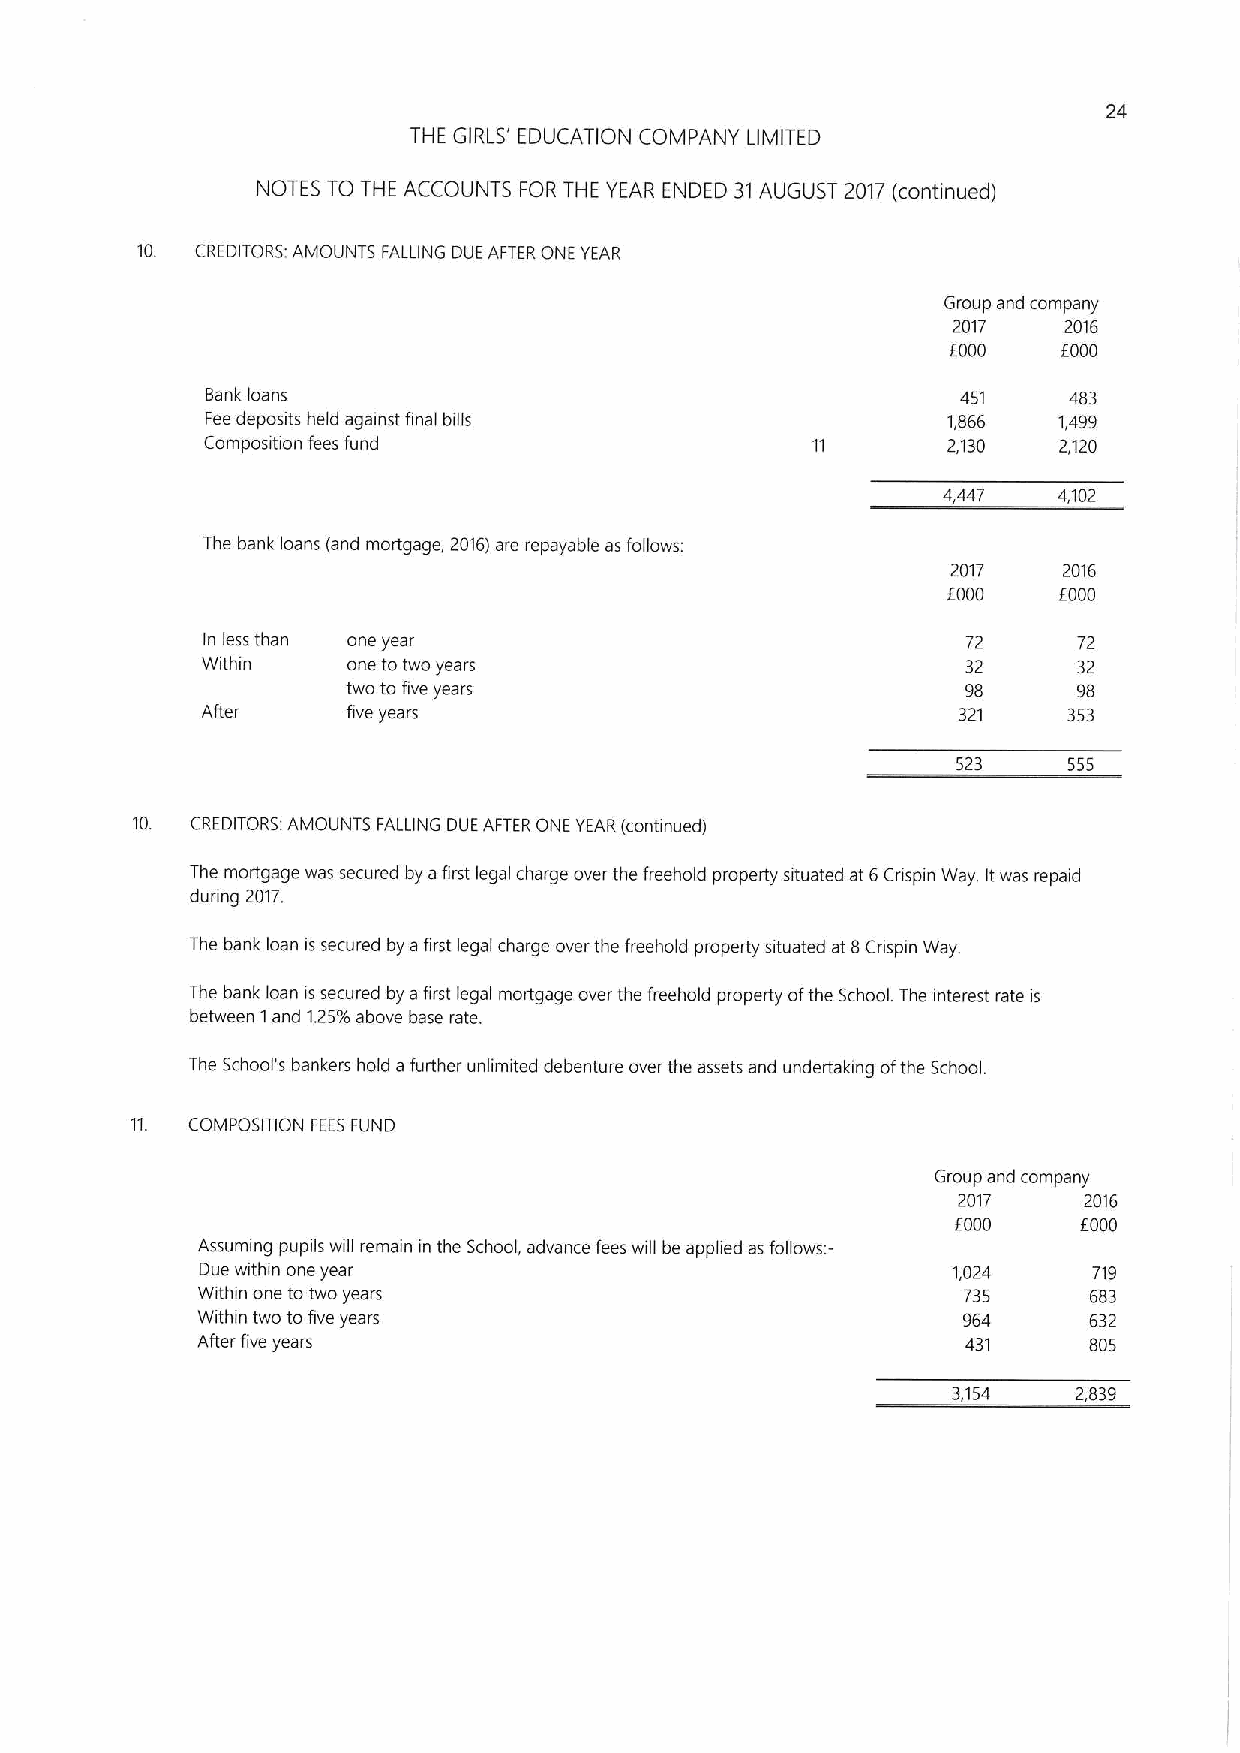
24
 THE GIRLS' EDUCATION COMPANY LIMITED
 NOTES TO THE ACCOUNTS FOR THE YEAR ENDED 31AUGUST 2017 (continued)
 10. CREDITORS: AMOUNTS FALLING DUE AF1ERONE YEAR
 Group and company
 2017   2016
 F000   E000
 Bank loans                                        451    483
 Fee deposits held against final bills            1,866  1,499
 Composition fees fund                            2,130  2,120
 4,447   4,102
 The bank loans (and mortgage, 2016)are repayable as follows
 2017   2016
 f000   f000
 In less than one year                              72     72
 Within    one to two years                         32     32
 two to five years                        98     98
 After     five years                              321     353
 523     555
 10. CREDITORS. AMOUNTS FALLING DUE AFTER ONE YEAR(continued)
 The mortgage was secured by afirst legal charge over the freehold property situated at 6Crispin Way. Itwas repaid
 during 2017.
 The bank loan issecured by a first legal charge over the freehold property situated at 8Cnspin Way
 The bank loan is secured by afirst legal mortgage over the freehold property ofthe School The interest rate is
 between 1and 1.25%above base rate.
 The School's bankers hold a further unlimited debenture over the assets and undertaking ofthe School.
 COMPOSITION FEESFUND
 Group and company
 2017     2016
 6000     E000
 Assuming pupils will remain in the School, advance fees will be applied as follows:—
 Due within one year                               1,024    719
 Within one to two years                            735     683
 Within two tofive years                            964     632
 After five years                                   431     805
 3,154   2,839